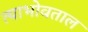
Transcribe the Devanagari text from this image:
त्याभोवताल